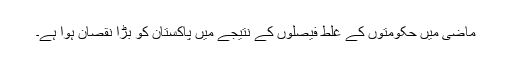
ماضی میں حکومتوں کے غلط فیصلوں کے نتیجے میں پاکستان کو بڑا نقصان ہوا ہے۔